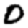
Digit: 0